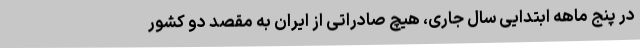
در پنج ماهه ابتدایی سال جاری، هیچ صادراتی از ایران به مقصد دو کشور